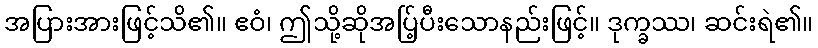
အပြားအားဖြင့်သိ၏။ ဧဝံ၊ ဤသို့ဆိုအပ်ြ့ပီးသောနည်းဖြင့်။ ဒုက္ခဿ၊ ဆင်းရဲ၏။